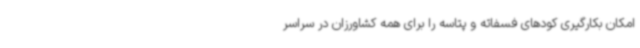
امکان بکارگیری کودهای فسفاته و پتاسه را برای همه کشاورزان در سراسر